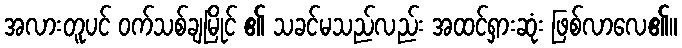
အလားတူပင် ဝက်သစ်ချမြိုင် ၏ သခင်မသည်လည်း အထင်ရှားဆုံး ဖြစ်လာလေ၏။